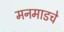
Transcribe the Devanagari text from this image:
मनमाडचे